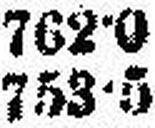
753•5